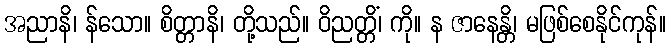
အညာနိ၊ န်သော။ စိတ္တာနိ၊ တို့သည်။ ဝိညတ္တိံ၊ ကို။ န ဇာနေန္တိ၊ မဖြစ်စေနိုင်ကုန်။